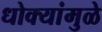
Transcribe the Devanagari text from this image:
धोक्यांमुळे